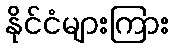
နိုင်ငံများကြား